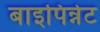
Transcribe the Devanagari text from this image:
बाइपिन्नेट